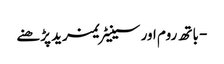
- باتھ روم اور سینیٹریمزید پڑھنے